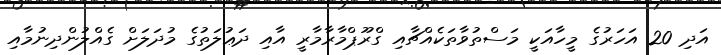
އަދި 20 އަހަރުގެ މީހާއަކީ މަސްތުވާތަކެއްޗާއި ގްރޫޕްމާރާމާރީ އާއި ދަޢުލަތުގެ މުދަލަށް ގެއްލުންދިނުމާއި